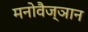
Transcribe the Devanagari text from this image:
मनोवैज्ञान